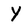
Character: Y